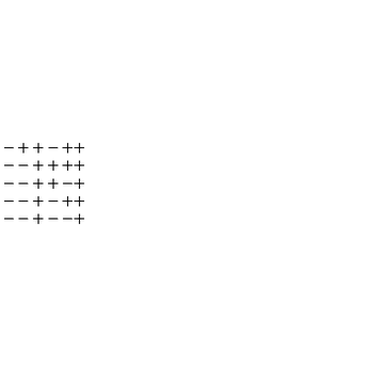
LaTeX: \begin{array} { c } { - + + - + + } \\ { -- + + + + } \\ { -- + + - + } \\ { -- + - + + } \\ { -- + -- + } \\ \end{array}